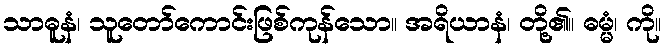
သာဓူနံ၊ သူတော်ကောင်းဖြစ်ကုန်သော။ အရိယာနံ၊ တို့၏။ ဓမ္မံ၊ ကို။